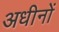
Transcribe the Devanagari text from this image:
अधीनों